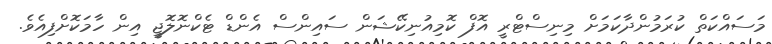
މަސައްކަތް ކުރަމުންދާކަމަށް މިނިސްޓްރީ އޮފް ކޮމިއުނިކޭޝަން ސައިންސް އެންޑް ޓެކްނޮލޮޖީ އިން ހާމަކޮށްފިއެވެ.